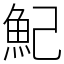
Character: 魢